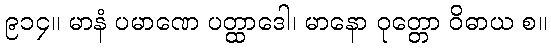
၉၁၄။ မာနံ ပမာဏေ ပတ္ထာဒေါ၊ မာနော ဝုတ္တော ဝိဓာယ စ။